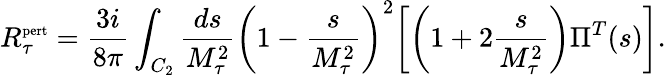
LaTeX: R_{\tau}^{\mathrm{\scriptsize{pert}}}=\frac{3i}{8\pi}\int_{C_{2}}\frac{ds}{M_{\tau}^{2}}\biggl(1-\frac{s}{M_{\tau}^{2}}\biggr)^{2}\biggl[\biggl(1+2\frac{s}{M_{\tau}^{2}}\biggr)\Pi^{T}(s)\biggr].